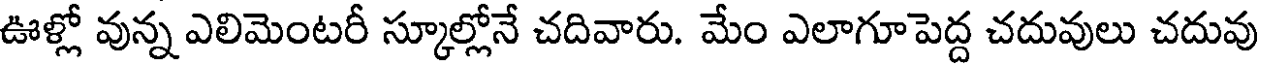
ఊళ్లో వున్న ఎలిమెంటరీ స్కూల్లోనే చదివారు. మేం ఎలాగూపెద్ద చదువులు చదువు